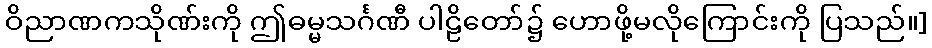
ဝိညာဏကသိုဏ်းကို ဤဓမ္မသင်္ဂဏီ ပါဠိတော်၌ ဟောဖို့မလိုကြောင်းကို ပြသည်။]